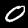
Label: 0